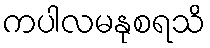
ကပါလမနုစရသိ